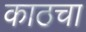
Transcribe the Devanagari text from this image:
काठचा